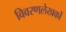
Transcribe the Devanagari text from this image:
विवरणलेखकों